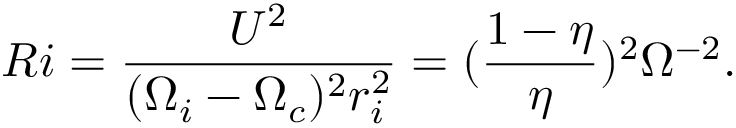
R i = \frac { U ^ { 2 } } { ( \Omega _ { i } - \Omega _ { c } ) ^ { 2 } r _ { i } ^ { 2 } } = ( \frac { 1 - \eta } { \eta } ) ^ { 2 } \Omega ^ { - 2 } .